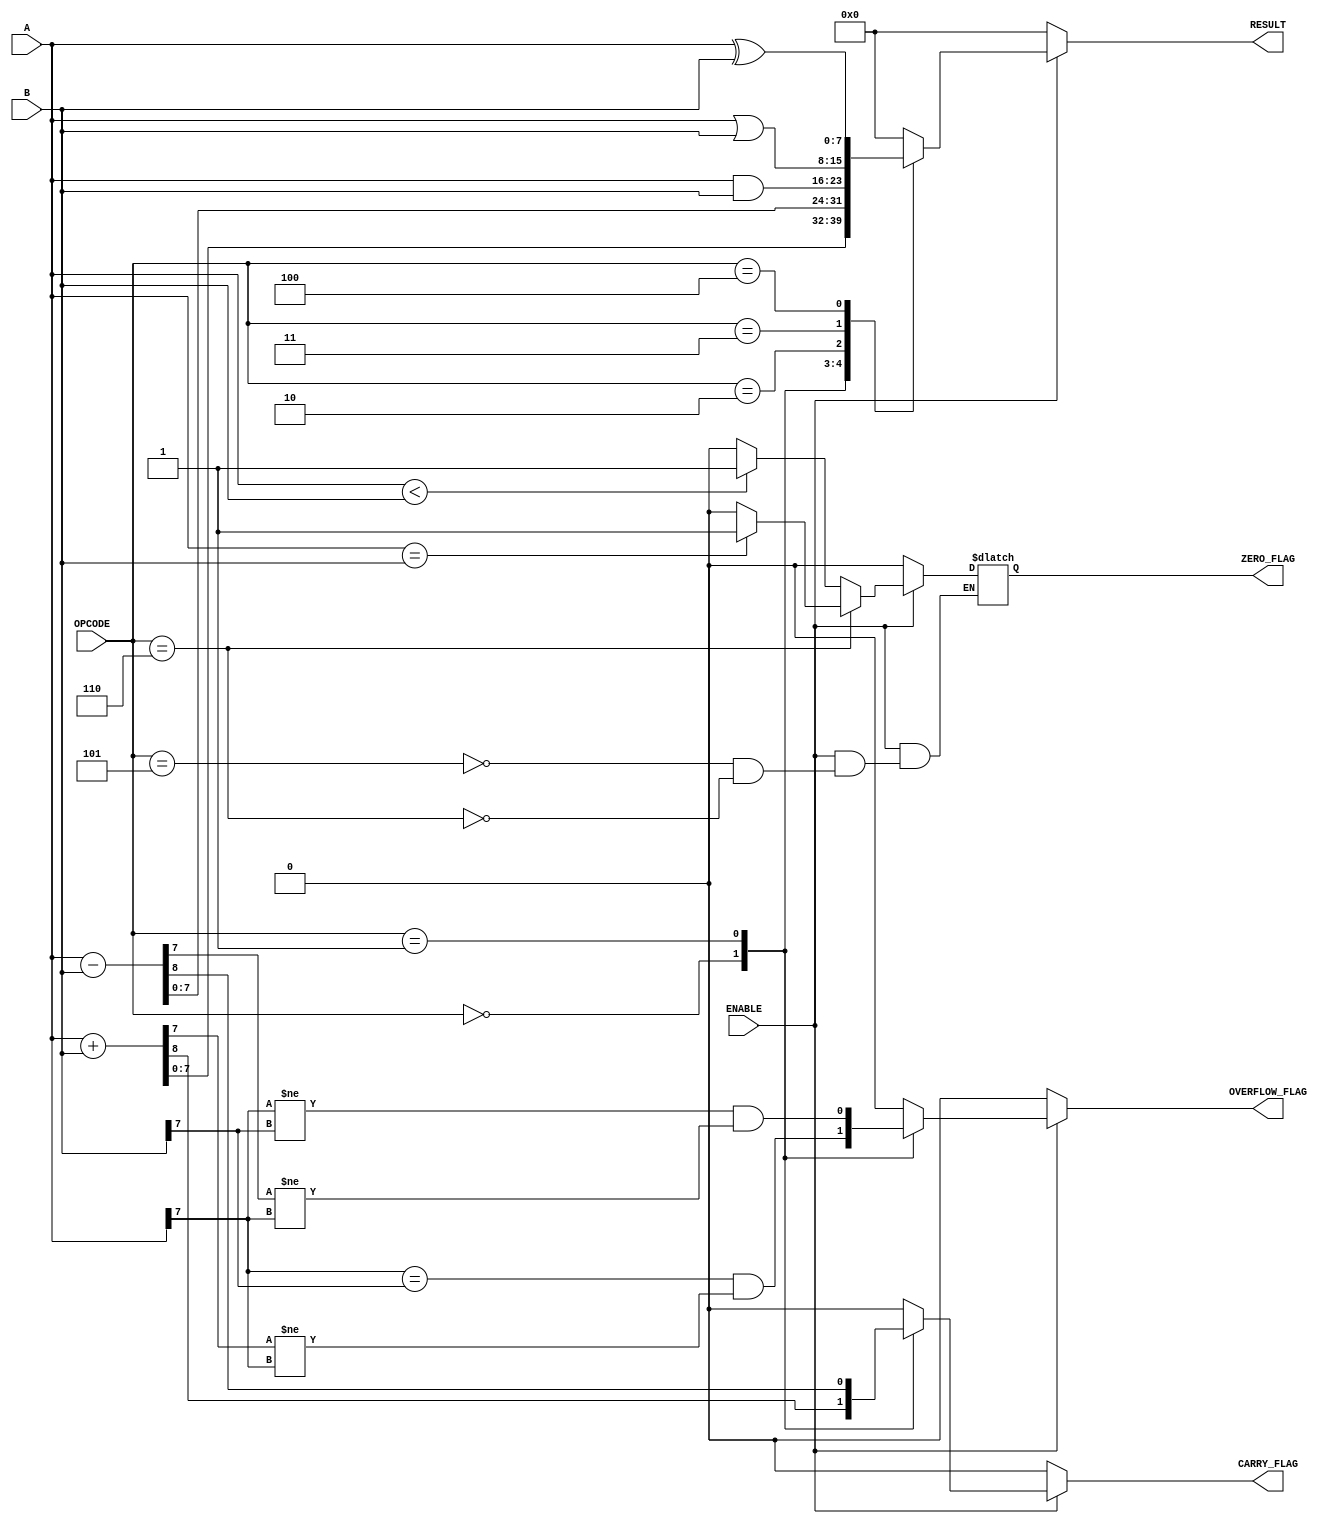
module parameterized_alu #(
    parameter DATA_WIDTH = 8
)(
    input  wire [DATA_WIDTH-1:0] A,        // First operand
    input  wire [DATA_WIDTH-1:0] B,        // Second operand
    input  wire [2:0] OPCODE,               // Operation code
    input  wire ENABLE,                      // Enable signal
    output reg  [DATA_WIDTH-1:0] RESULT,    // Result of the operation
    output reg  ZERO_FLAG,                  // Zero flag
    output reg  CARRY_FLAG,                 // Carry flag
    output reg  OVERFLOW_FLAG                // Overflow flag
);

    // Internal signals
    wire [DATA_WIDTH:0] add_result;         // For carry detection in addition
    wire [DATA_WIDTH:0] sub_result;         // For borrow detection in subtraction

    // Perform operations based on OPCODE
    always @(*) begin
        if (ENABLE) begin
            case (OPCODE)
                3'b000: begin // Addition
                    add_result = A + B;
                    RESULT = add_result[DATA_WIDTH-1:0];
                    CARRY_FLAG = add_result[DATA_WIDTH]; // Carry out
                    OVERFLOW_FLAG = (A[DATA_WIDTH-1] == B[DATA_WIDTH-1]) && (RESULT[DATA_WIDTH-1] != A[DATA_WIDTH-1]); // Overflow detection
                end
                3'b001: begin // Subtraction
                    sub_result = A - B;
                    RESULT = sub_result[DATA_WIDTH-1:0];
                    CARRY_FLAG = sub_result[DATA_WIDTH]; // Borrow detection (CARRY_FLAG is used for borrow)
                    OVERFLOW_FLAG = (A[DATA_WIDTH-1] != B[DATA_WIDTH-1]) && (RESULT[DATA_WIDTH-1] != A[DATA_WIDTH-1]); // Overflow detection
                end
                3'b010: begin // Bitwise AND
                    RESULT = A & B;
                    CARRY_FLAG = 1'b0; // No carry for AND
                    OVERFLOW_FLAG = 1'b0; // No overflow for AND
                end
                3'b011: begin // Bitwise OR
                    RESULT = A | B;
                    CARRY_FLAG = 1'b0; // No carry for OR
                    OVERFLOW_FLAG = 1'b0; // No overflow for OR
                end
                3'b100: begin // Bitwise XOR
                    RESULT = A ^ B;
                    CARRY_FLAG = 1'b0; // No carry for XOR
                    OVERFLOW_FLAG = 1'b0; // No overflow for XOR
                end
                3'b101: begin // Comparison (A < B)
                    RESULT = 0; // No result needed for comparison
                    CARRY_FLAG = 1'b0; // Not applicable
                    OVERFLOW_FLAG = 1'b0; // Not applicable
                    ZERO_FLAG = (A < B) ? 1'b1 : 1'b0; // Set zero flag based on comparison
                end
                3'b110: begin // Comparison (A == B)
                    RESULT = 0; // No result needed for comparison
                    CARRY_FLAG = 1'b0; // Not applicable
                    OVERFLOW_FLAG = 1'b0; // Not applicable
                    ZERO_FLAG = (A == B) ? 1'b1 : 1'b0; // Set zero flag based on comparison
                end
                default: begin // Default case
                    RESULT = {DATA_WIDTH{1'b0}}; // Default result
                    CARRY_FLAG = 1'b0; // No carry
                    OVERFLOW_FLAG = 1'b0; // No overflow
                end
            endcase
        end else begin
            RESULT = {DATA_WIDTH{1'b0}}; // Default result when disabled
            CARRY_FLAG = 1'b0; // No carry
            OVERFLOW_FLAG = 1'b0; // No overflow
            ZERO_FLAG = 1'b0; // Reset zero flag
        end
    end

endmodule